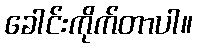
ခေါင်းကိုက်တာပါ။